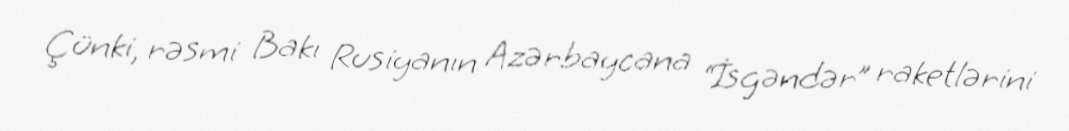
Çünki, rəsmi Bakı Rusiyanın Azərbaycana “İsgəndər” raketlərini